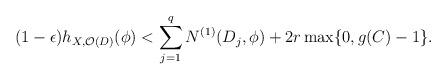
LaTeX: \begin{align*} (1-\epsilon)h_{X,\mathcal{O}(D)}(\phi)< \sum_{j=1}^q N^{(1)}(D_j,\phi)+2r\max\{0,g(C)-1\}.\end{align*}